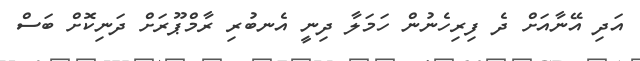
އަދި އޭނާއަށް ދެ ފިރިހެނުން ހަމަލާ ދިނީ އެނބުރި ރާމްޕޫރަށް ދަނިކޮށް ބަސް